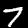
Label: 7